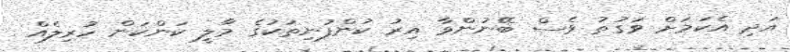
އަދި އެކަމަށް ވަގުތު ވެސް ބޭނުންވާ އިރު ކުންފުނިތަކުގެ މާލީ ކަންކަން ހުރިލެއް